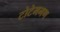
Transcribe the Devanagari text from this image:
टोटेमगण